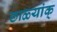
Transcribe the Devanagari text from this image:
छाळ्यांक्